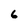
Character: 6